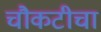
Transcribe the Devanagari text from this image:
चौकटीचा